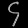
Digit: ၄